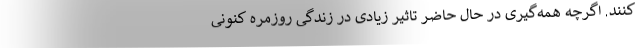
کنند. اگرچه همه‌گیری در حال حاضر تاثیر زیادی در زندگی روزمره کنونی